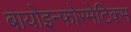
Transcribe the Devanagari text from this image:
बायोइन्फोरमेटिक्स